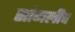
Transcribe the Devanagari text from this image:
सांगलीच